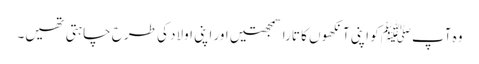
وہ آپﷺ کو اپنی آنکھوں کا تارا سمجھتیں اور اپنی اولاد کی طرح چاہتی تھیں۔